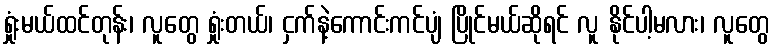
ရှုံးမယ်ထင်တုန်း၊ လူတွေ ရှုံးတယ်၊ ငှက်နဲ့ကောင်းကင်ပျံ ပြိုင်မယ်ဆိုရင် လူ နိုင်ပါ့မလား၊ လူတွေ